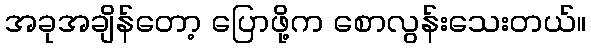
အခုအချိန်တော့ ပြောဖို့က စောလွန်းသေးတယ်။